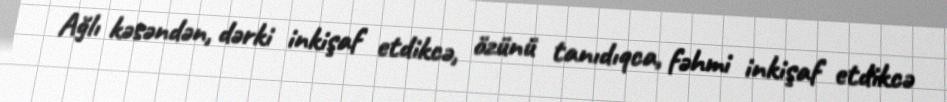
Ağlı kəsəndən, dərki inkişaf etdikcə, özünü tanıdıqca, fəhmi inkişaf etdikcə